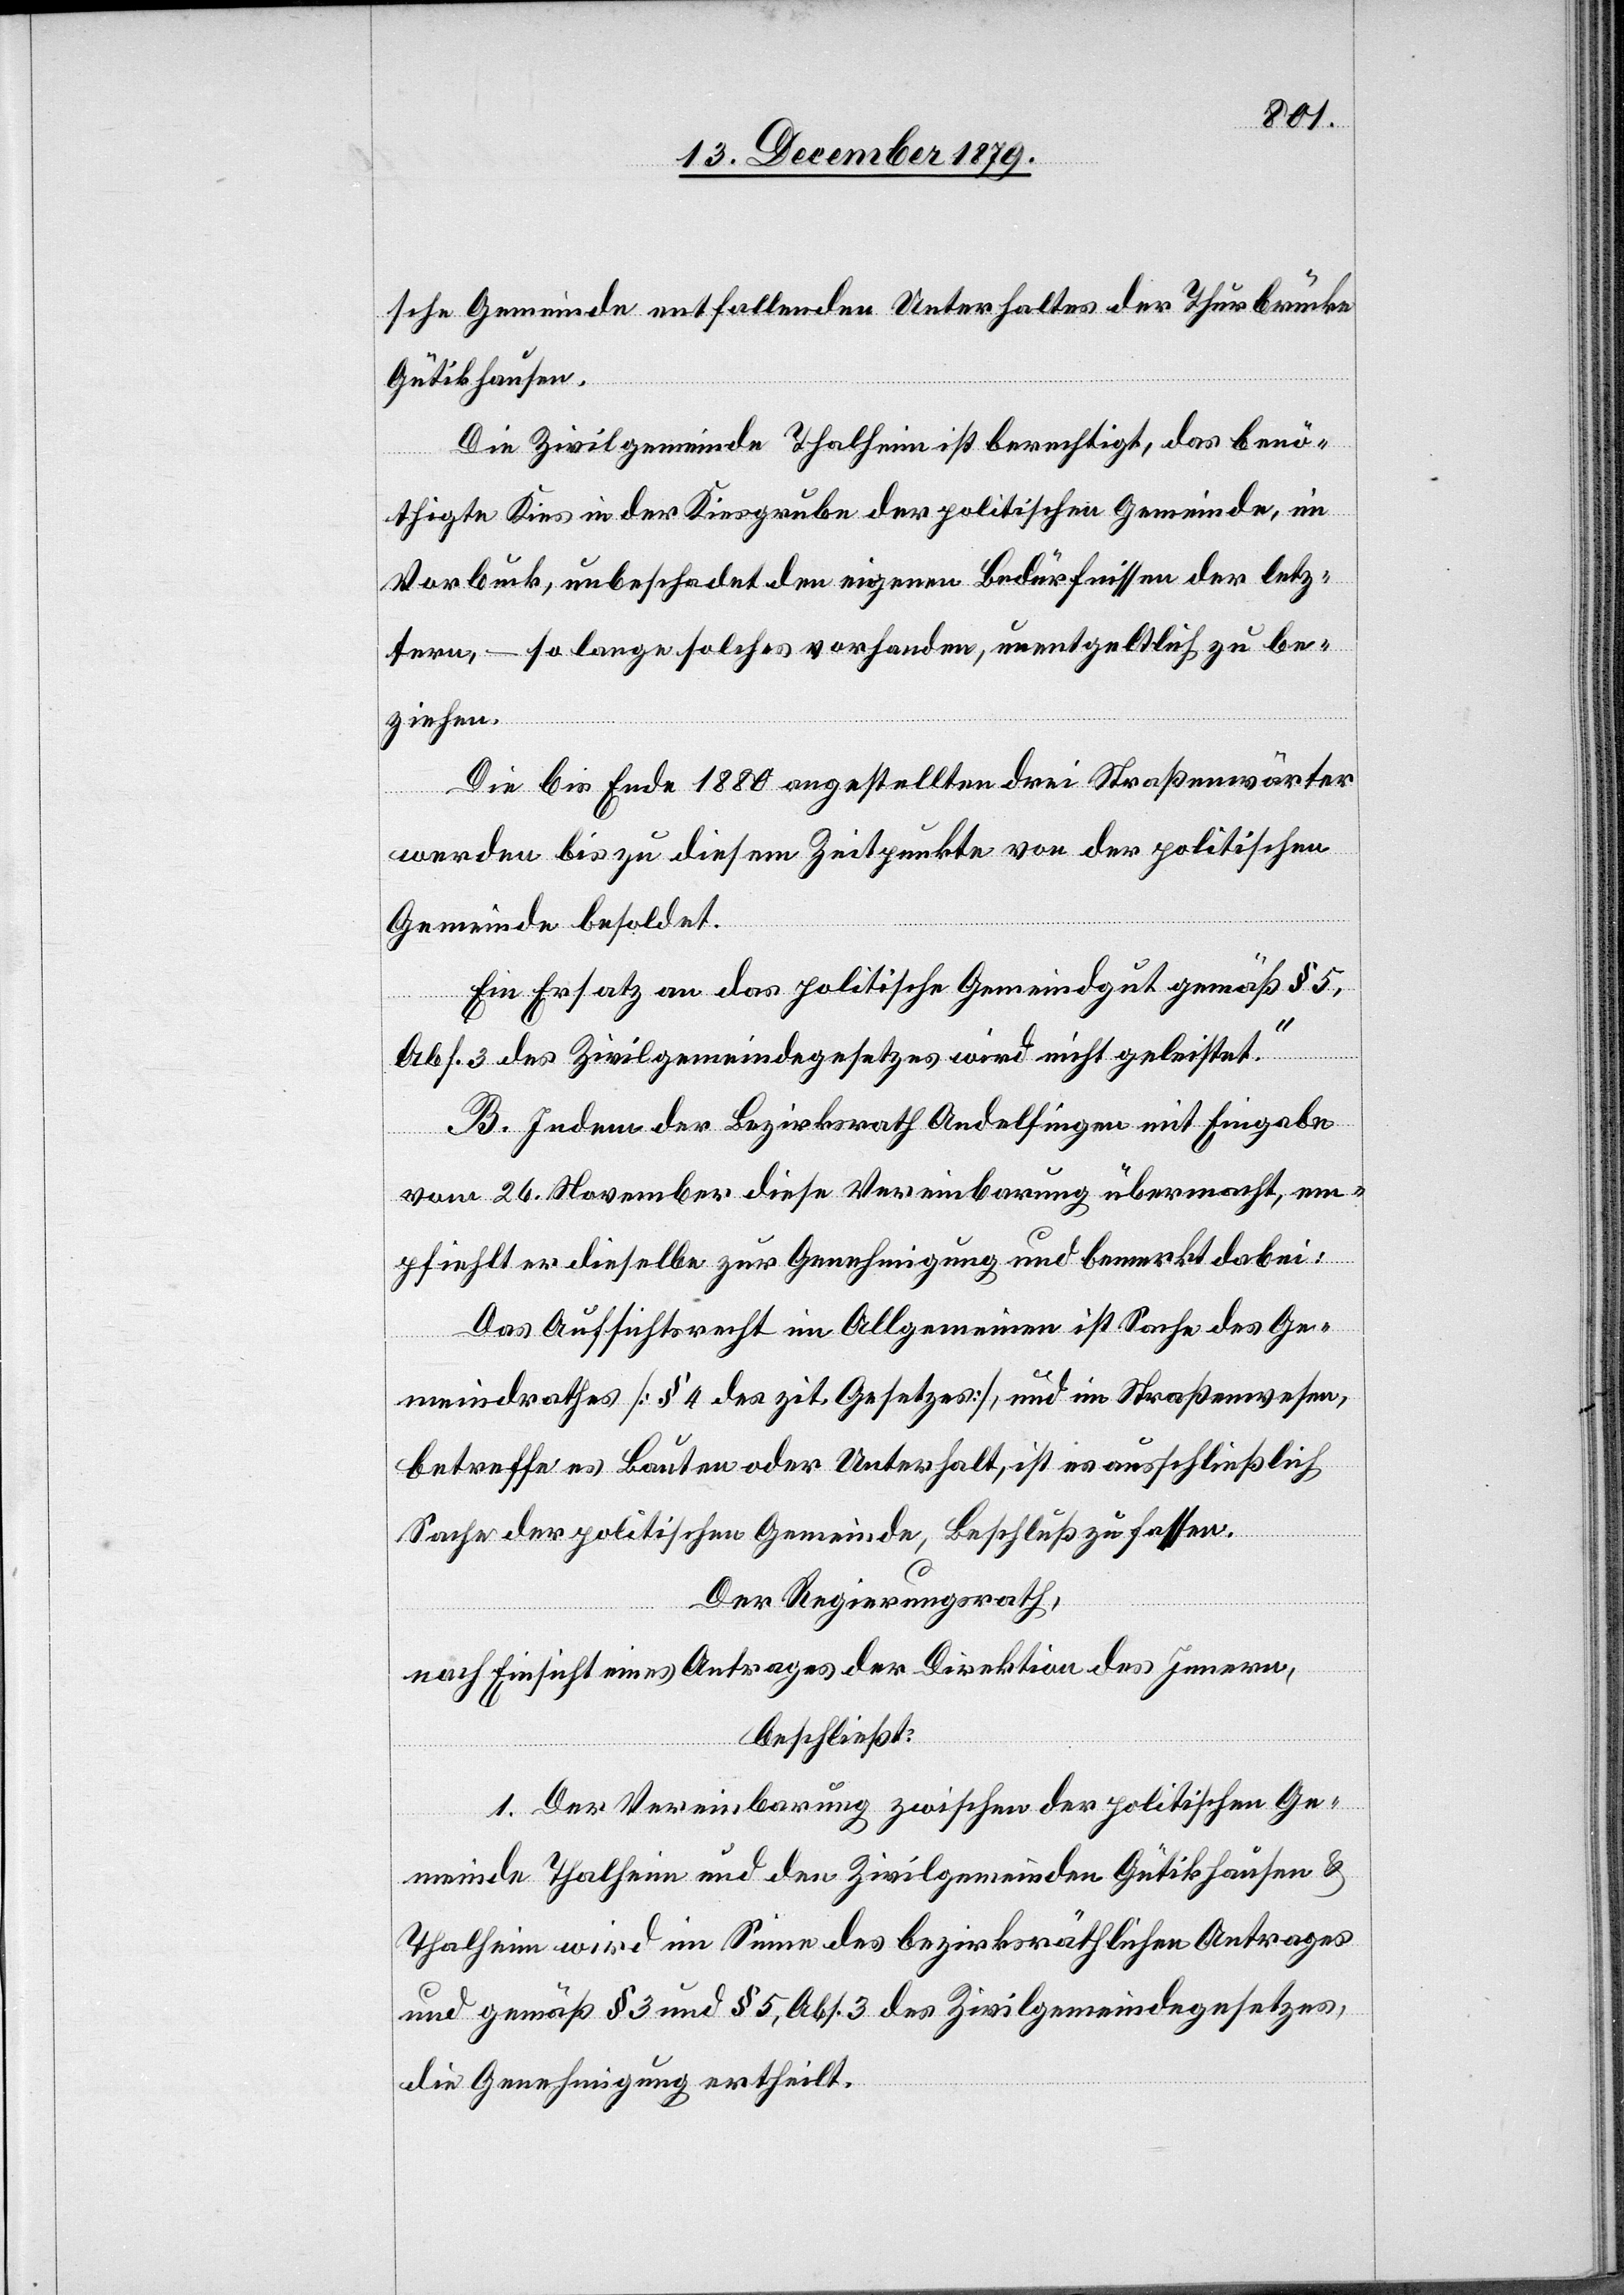
sche Gemeinde entfallenden Unterhaltes der Thurbrücke
Gütikhausen.
Die Zivilgemeinde Thalheim ist berechtigt, das benö¬
thigte Kies in der Kiesgrube der politischen Gemeinde, im
Vorbuck, unbeschadet den eigenen Bedürfnissen der letz¬
ern, – so lange solches vorhanden, unentgeltlich zu be¬
ziehen.
Die bis Ende 1880 angestellten drei Straßenwärter
werden bis zu diesem Zeitpunkte von der politischen
Gemeinde besoldet.
Ein Ersatz an das politische Gemeindgut gemäß § 5,
Abs. 3 des Zivilgemeindegesetzes wird nicht geleistet.“
B. Indem der Bezirksrath Andelfingen mit Eingabe
vom 26. November diese Vereinbarung übermacht, em¬
pfiehlt er dieselbe zur Genehmigung und bemerkt dabei:
Das Aufsichtsrecht im Allgemeinen ist Sache des Ge¬
meindrathes [§ 4 des zit. Gesetzes], und im Straßenwesen
betreffe es Bauten oder Unterhalt, ist es ausschließlich
Sache der politischen Gemeinde, Beschluß zu fassen.
Der Regierungsrath,
nach Einsicht eines Antrages der Direktion des Innern,
beschließt:
1. Der Vereinbarung zwischen der politischen Ge¬
meinde Thalheim und den Zivilgemeinden Gütikhausen &
Thalheim wird im Sinne des bezirksräthlichen Antrages
und gemäß § 3 und § 5, Abs. 3 des Zivilgemeindegesetzes,
die Genehmigung ertheilt.